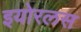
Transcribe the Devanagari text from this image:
इयोरलस